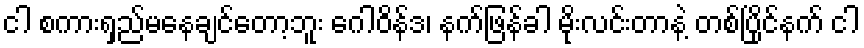
ငါ စကားရှည်မနေချင်တော့ဘူး ဂေါဝိန်ဒ၊ နက်ဖြန်ခါ မိုးလင်းတာနဲ့ တစ်ပြိုင်နက် ငါ